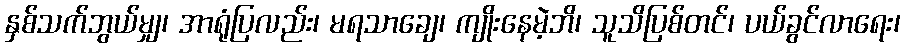
နှစ်သက်ဘွယ်မျှ၊ အာရုံပြလည်း၊ မရသာချေ၊ ကျိုးနေမဲ့ဘိ၊ သူသိပြစ်တင်၊ ပယ်ခွင်လာရေး၊